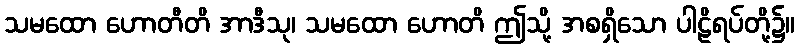
သမထော ဟောတီတိ အာဒီသု၊ သမထော ဟောတိ ဤသို့ အစရှိသော ပါဠိရပ်တို့၌။